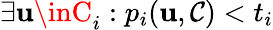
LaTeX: \exists\mathbf{u}\inC_{i}:p_{i}(\mathbf{u},\mathcal{{C}})<t_{i}